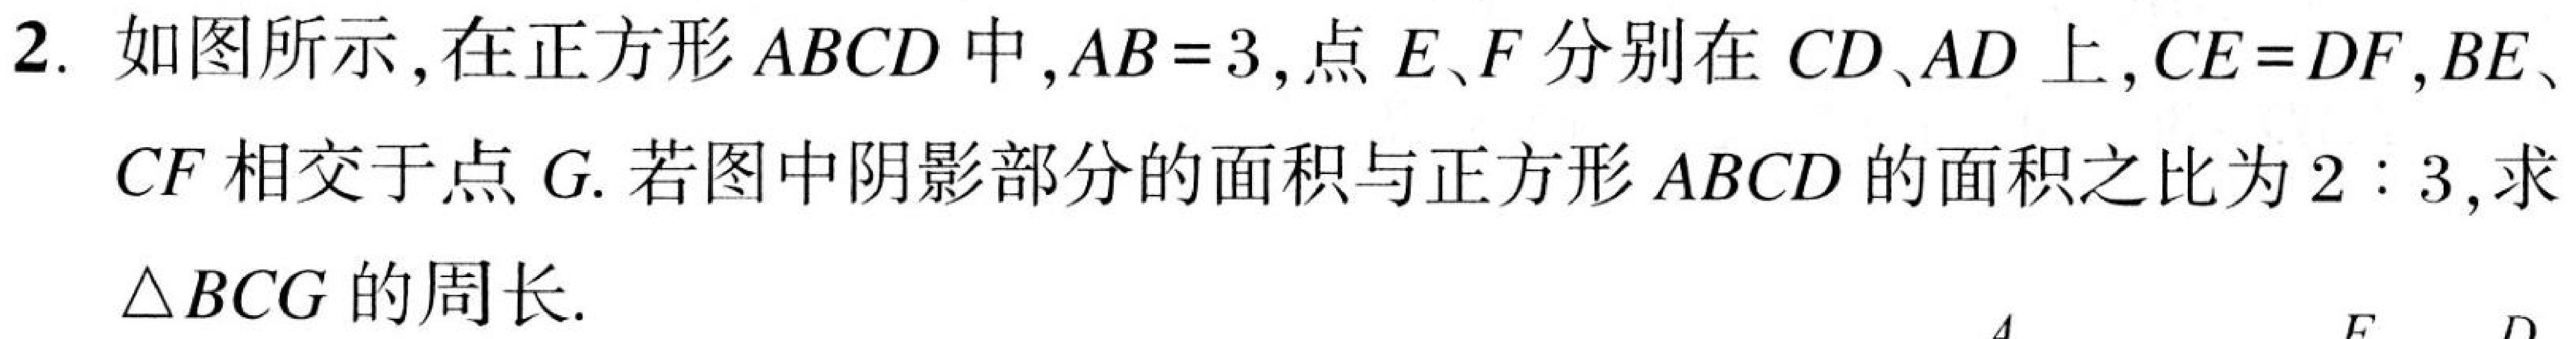
2. 如图所示，在正方形\(ABCD\)中，\(AB = 3\)，点\(E、F\)分别在\(CD、AD\)上，\(CE = DF\)，\(BE、\)
\(CF\)相交于点\(G\). 若图中阴影部分的面积与正方形\(ABCD\)的面积之比为\(2:3\)，求
\(\triangle BCG\)的周长.